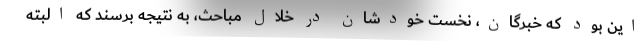
این بود که خبرگان، نخست خودشان در خلال مباحث، به نتیجه برسند که البته